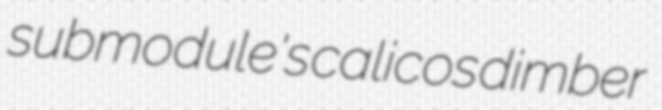
submodule's calicos dimber